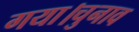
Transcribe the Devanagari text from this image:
गया।चुनाव